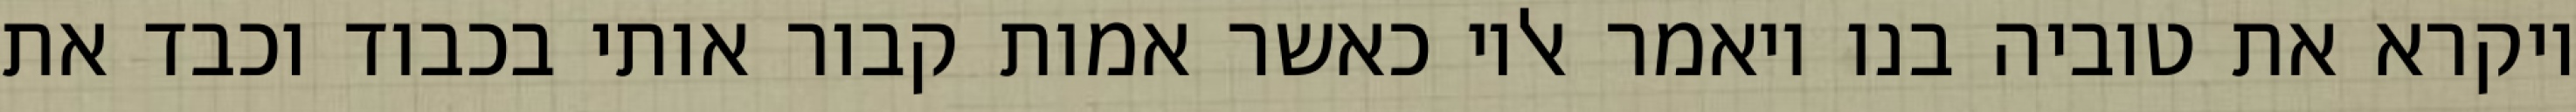
ויקרא את טוביה בנו ויאמר אליו כאשר אמות קבור אותי בכבוד וכבד את